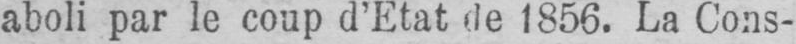
aboli par le coup d’Etat de 1856. La Cons-